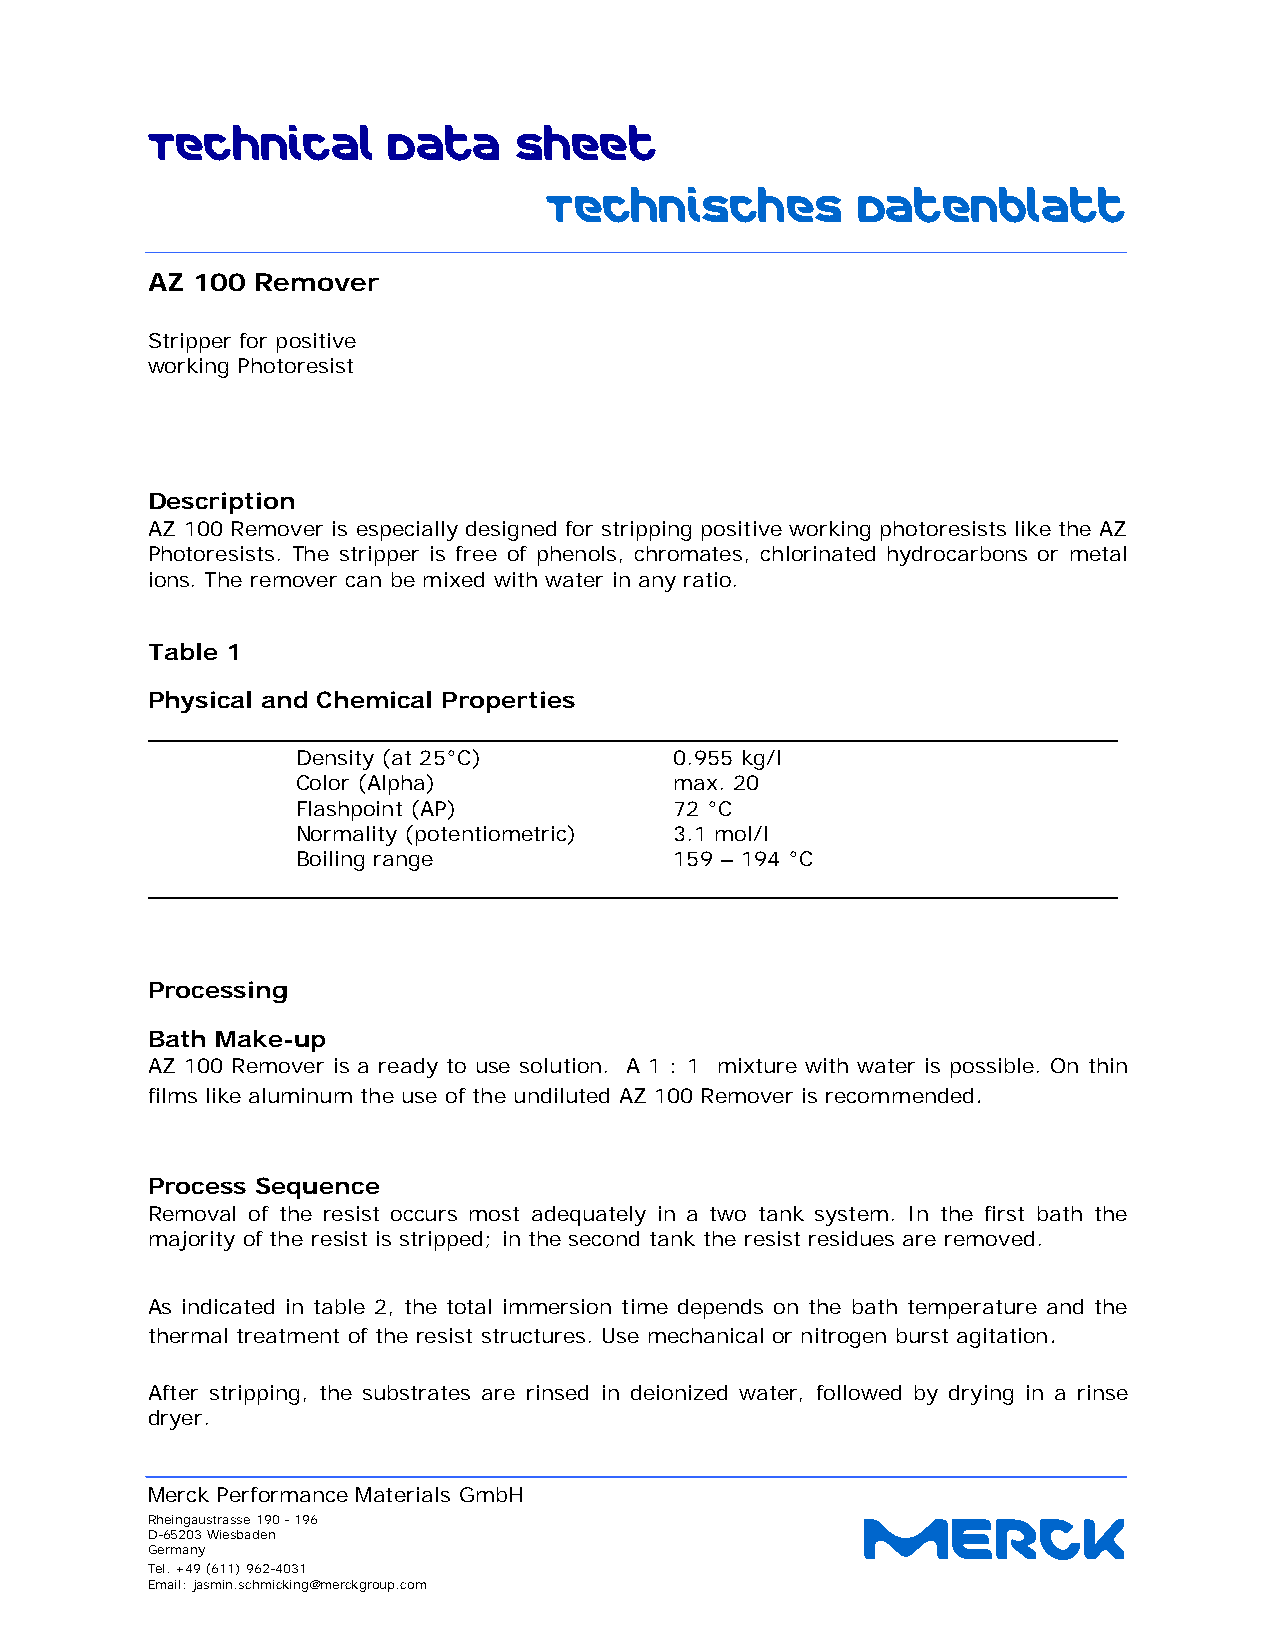
Technical       Data    Sheet
 Technisches          Datenblatt
 AZ 100 Remover
 Stripper for positive
 working Photoresist
 Description
 AZ 100 Remover is especially designed for stripping positive working photoresists like the AZ
 Photoresists. The stripper is free of phenols, chromates, chlorinated hydrocarbons or metal
 ions. The remover can be mixed with water in any ratio.
 Table 1
 Physical and Chemical Properties
 _____________________________________________________________
 Density (at 25°C)        0.955 kg/l
 Color (Alpha)            max. 20
 Flashpoint (AP)          72 °C
 Normality (potentiometric) 3.1 mol/l
 Boiling range            159 – 194 °C
 _____________________________________________________________
 Processing
 Bath Make-up
 AZ 100 Remover is a ready to use solution. A 1 : 1 mixture with water is possible. On thin
 films like aluminum the use of the undiluted AZ 100 Remover is recommended.
 Process Sequence
 Removal of the resist occurs most adequately in a two tank system. In the first bath the
 majority of the resist is stripped; in the second tank the resist residues are removed.
 As indicated in table 2, the total immersion time depends on the bath temperature and the
 thermal treatment of the resist structures. Use mechanical or nitrogen burst agitation.
 After stripping, the substrates are rinsed in deionized water, followed by drying in a rinse
 dryer.
 Merck Performance Materials GmbH
 Rheingaustrasse 190 - 196                      MERCK
 D-65203 Wiesbaden
 Germany
 Tel. +49 (611) 962-4031
 Email: jasmin.schmicking@merckgroup.com